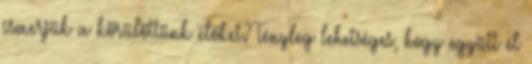
ismerjük a körülöttünk élőket? Tényleg lehetséges, hogy együtt él